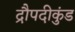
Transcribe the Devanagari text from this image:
द्रौपदीकुंड